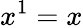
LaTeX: x^{1}=x